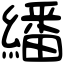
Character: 繙